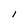
Character: l